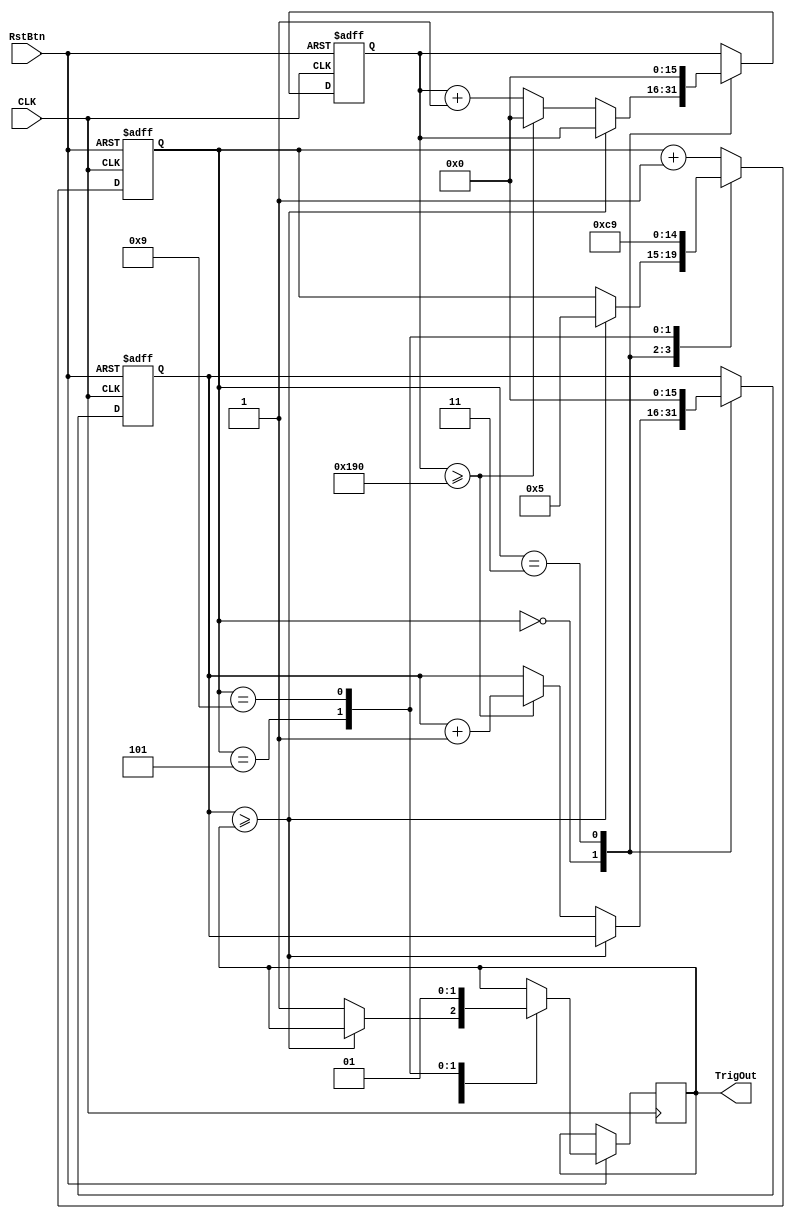
`timescale 1ns/1ps
//**************************************************************//
//**************************************************************//
//Project Name: Novel ECT Hardware Design
//
//Design  Name: ECTNew
//Module  Name: LEDIndicators
//Target Devices: EP3C25F324C8
//Tool versions: 13.1
//Descriptions: This module.
//Revision:
//**************************************************************//
//**************************************************************//

module LEDIndicators
(
    CLK, TrigOut,RstBtn
);
    //Parameters
	 parameter TrigPrd = 5; //Reset pulse lasting time
	 
	 //Define
	 
	 
	 //Interface
	 input CLK, RstBtn;
    output TrigOut;        //Global reset pulse
    
	 reg TrigOut;
    reg[15:0] Cnt0, Cnt1;  //Counter reg
    reg[4:0] Stat;         //States
    
    
    always @( posedge CLK or negedge RstBtn)    // Asynchronous operation
    begin
        if( RstBtn==0 )       // One delta t ready
        begin
            Cnt0 <= 0;
            Cnt1 <= 0;
            Stat <= 0;
        end
        
        else
        begin
            case( Stat )
            0:
            begin
                if( Cnt1 >= TrigOut)    // Count 40000 X trig_prd X 25 ns (50 MHz) = 0.5 s (default)
                begin
                    Stat <= 5;
                end
					 
                else
                begin
                    TrigOut <= 1;
                    if( Cnt0 >= 400 )  
                    begin
                        Cnt0 <= 0;
                        Cnt1 <= Cnt1 + 1;
                    end
                    else    
								Cnt0 <= Cnt0 + 1;
                end
            end
            3:
            begin
                Cnt0 <= 0;
                Cnt1 <= 0;
                Stat <= 0;
            end
            5:
            begin
            TrigOut <= 0;
            Stat <= 6;
            end
            9:
            begin
            TrigOut <= 1;
            Stat <= 9;       // Stay here and never trig again, except restart!
            end
            
            default:    Stat <= Stat + 1;
            endcase
        end
    end
	 
endmodule